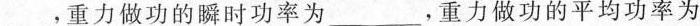
___，重力做功的瞬时功率为___，重力做功的平均功率为